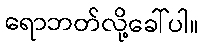
ရောဘတ်လို့ခေါ်ပါ။